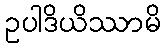
ဥပါဒိယိဿာမိ